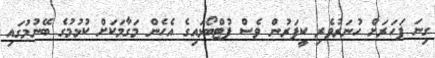
ގިނަ ފަހަރަށް ހުނަރުވެރި ކީޕަރުން ވެސް ފުޓްބޯޅައިގެ އެހެން މަގާމަކަށް ކުޅުމުގެ ބޭނުމުގައި